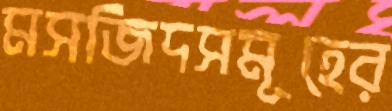
মসজিদসমূহের